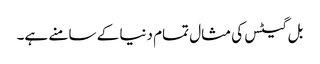
بل گیٹس کی مثال تمام دنیا کے سامنے ہے۔